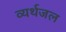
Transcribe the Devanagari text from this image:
व्यर्थजल